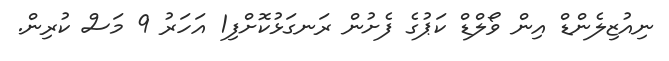
ނިއުޒިލެންޑް އިން ވޯލްޑް ކަޕުގެ ފެށުން ރަނގަޅުކޮށްފި1 އަހަރު 9 މަސް ކުރިން.